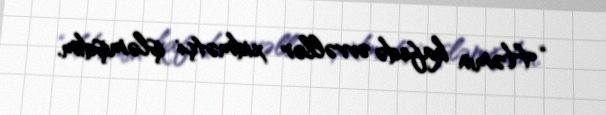
“Həmin kafedə əvvəllər xidmətçi işləmişdim.